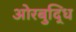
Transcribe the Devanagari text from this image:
ओरबुद्धि